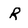
Character: R